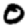
Digit: 0